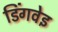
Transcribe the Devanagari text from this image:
डिंगवेइ